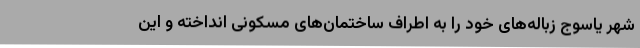
شهر یاسوج زباله‌های خود را به اطراف ساختمان‌های مسکونی انداخته و این